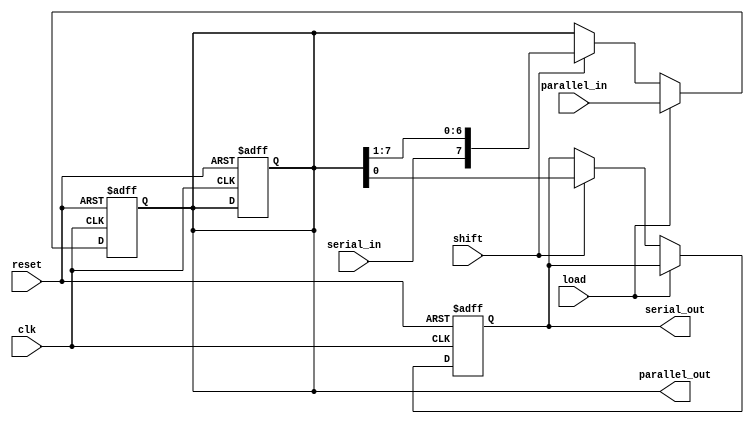
module shift_register #(
    parameter WIDTH = 8  // Width of the shift register
)(
    input wire clk,               // Clock signal
    input wire reset,             // Asynchronous reset
    input wire load,              // Load enable signal
    input wire shift,             // Shift enable signal
    input wire serial_in,         // Serial input data
    input wire [WIDTH-1:0] parallel_in, // Parallel input data
    output reg serial_out,        // Serial output data
    output reg [WIDTH-1:0] parallel_out // Parallel output data
);

    // Internal registers to hold the data
    reg [WIDTH-1:0] shift_reg;

    // Asynchronous reset and operation based on control signals
    always @(posedge clk or posedge reset) begin
        if (reset) begin
            shift_reg <= {WIDTH{1'b0}};  // Initialize to zero
            serial_out <= 1'b0;          // Initialize serial output
            parallel_out <= {WIDTH{1'b0}}; // Initialize parallel output
        end else begin
            if (load) begin
                shift_reg <= parallel_in; // Load parallel data
            end else if (shift) begin
                serial_out <= shift_reg[0]; // Capture the serial output
                shift_reg <= {serial_in, shift_reg[WIDTH-1:1]}; // Shift operation
            end
        end
    end

    // Assign parallel output
    always @(*) begin
        parallel_out = shift_reg; // Output the current state of the shift register
    end

endmodule